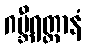
ဂမ္ဘီရတ္ထာနံ